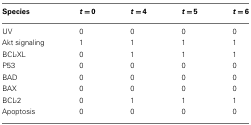
<table><thead><tr><td><b>Species</b></td><td><b><i>t</i> = 0</b></td><td><b><i>t</i> = 4</b></td><td><b><i>t</i> = 5</b></td><td><b><i>t</i> = 6</b></td></tr></thead><tbody><tr><td>UV</td><td>0</td><td>0</td><td>0</td><td>0</td></tr><tr><td>Akt signaling</td><td>1</td><td>1</td><td>1</td><td>1</td></tr><tr><td>BCL-XL</td><td>0</td><td>1</td><td>1</td><td>1</td></tr><tr><td>P53</td><td>0</td><td>0</td><td>0</td><td>0</td></tr><tr><td>BAD</td><td>0</td><td>0</td><td>0</td><td>0</td></tr><tr><td>BAX</td><td>0</td><td>0</td><td>0</td><td>0</td></tr><tr><td>BCL-2</td><td>0</td><td>1</td><td>1</td><td>1</td></tr><tr><td>Apoptosis</td><td>0</td><td>0</td><td>0</td><td>0</td></tr></tbody></table>